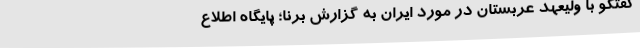
گفتگو با ولیعهد عربستان در مورد ایران به گزارش برنا؛ پایگاه اطلاع